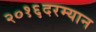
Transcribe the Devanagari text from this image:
२०१६दरम्यान